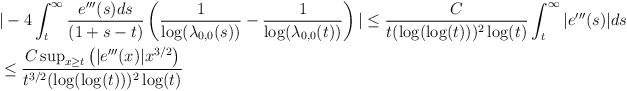
LaTeX: \begin{align*} &|-4 \int_{t}^{\infty} \frac{e'''(s) ds}{(1+s-t)} \left(\frac{1}{\log(\lambda_{0,0}(s))}-\frac{1}{\log(\lambda_{0,0}(t))}\right)| \leq \frac{C}{t (\log(\log(t)))^{2} \log(t)} \int_{t}^{\infty} |e'''(s)| ds\\&\leq \frac{C \sup_{x \geq t} \left(|e'''(x)| x^{3/2}\right)}{t^{3/2} (\log(\log(t)))^{2} \log(t)}\end{align*}